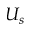
U _ { s }